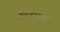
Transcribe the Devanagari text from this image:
औदुंबराकडे